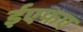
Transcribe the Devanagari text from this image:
ईएफए